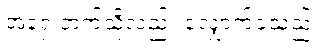
အရှေ့ဘက်သို့လည်း လျှောက်ခဲ့သည်။